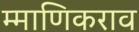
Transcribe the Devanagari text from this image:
म्माणिकराव